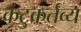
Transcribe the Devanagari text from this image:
कटुकर्तव्य